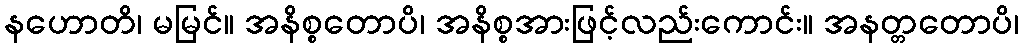
နဟောတိ၊ မမြင်။ အနိစ္စတောပိ၊ အနိစ္စအားဖြင့်လည်းကောင်း။ အနတ္တတောပိ၊